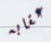
عقابه